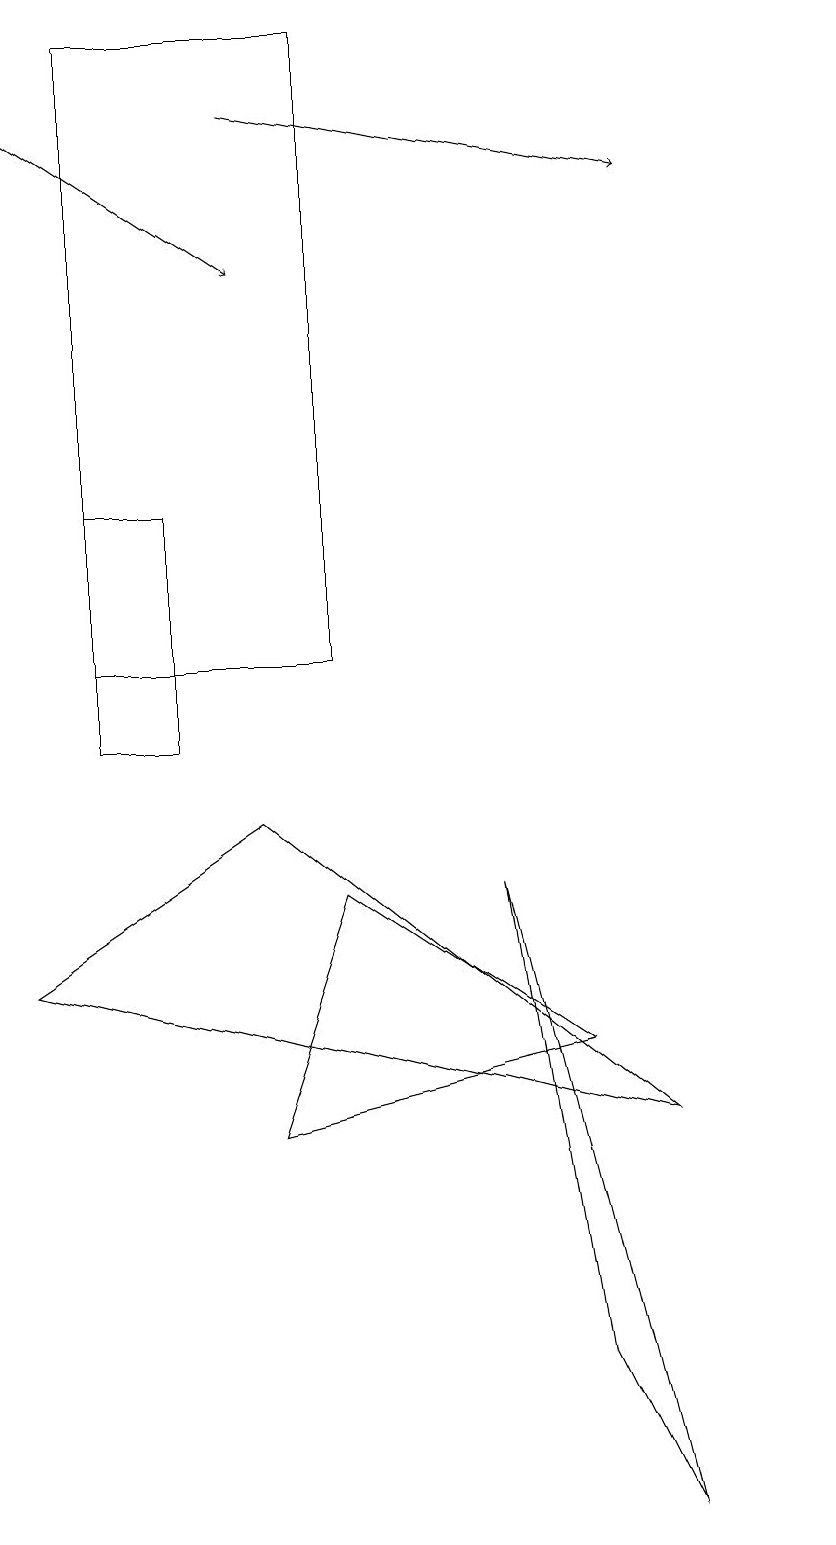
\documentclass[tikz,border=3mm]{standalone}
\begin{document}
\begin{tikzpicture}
\draw (3,13) rectangle (2,10);
\draw (5,19) rectangle (2,11);
\draw (11,11) circle (0);
\draw (8,2) -- (9,0) -- (7,8) -- cycle;
\draw[->] (1,18) -- (4,16);
\draw (9,5) -- (4,9) -- (1,7) -- cycle;
\draw (5,8) -- (8,6) -- (4,5) -- cycle;
\draw[->] (4,18) -- (9,17);
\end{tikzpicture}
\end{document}